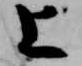
上